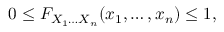
0 \leq F _ { X _ { 1 } \ldots X _ { n } } ( x _ { 1 } , \ldots , x _ { n } ) \leq 1 ,